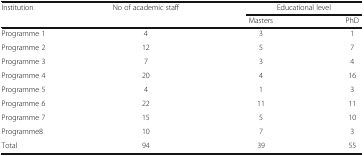
<table><thead><tr><td><b>Institution</b></td><td><b>No of academic staff</b></td><td colspan="2"><b>Educational level</b></td></tr><tr><td></td><td></td><td><b>Masters</b></td><td><b>PhD</b></td></tr></thead><tbody><tr><td>Programme 1</td><td>4</td><td>3</td><td>1</td></tr><tr><td>Programme 2</td><td>12</td><td>5</td><td>7</td></tr><tr><td>Programme 3</td><td>7</td><td>3</td><td>4</td></tr><tr><td>Programme 4</td><td>20</td><td>4</td><td>16</td></tr><tr><td>Programme 5</td><td>4</td><td>1</td><td>3</td></tr><tr><td>Programme 6</td><td>22</td><td>11</td><td>11</td></tr><tr><td>Programme 7</td><td>15</td><td>5</td><td>10</td></tr><tr><td>Programme8</td><td>10</td><td>7</td><td>3</td></tr><tr><td>Total</td><td>94</td><td>39</td><td>55</td></tr></tbody></table>